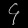
Digit: ၄